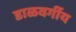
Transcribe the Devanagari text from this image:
डाळवर्गीय